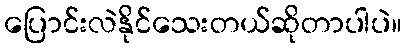
ပြောင်းလဲနိုင်သေးတယ်ဆိုတာပါပဲ။